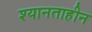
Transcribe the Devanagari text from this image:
श्यानताहीन